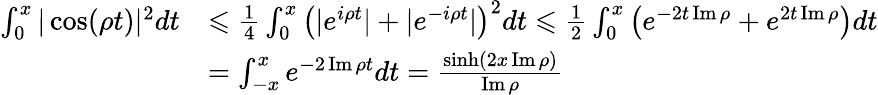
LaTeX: \begin{array}{rl}{\int_{0}^{x}|\cos(\rho t)|^{2}dt}&{\leqslant\frac{1}{4}\int_{0}^{x}\left(|e^{i\rho t}|+|e^{-i\rho t}|\right)^{2}dt\leqslant\frac{1}{2}\int_{0}^{x}\left(e^{-2t\operatorname{Im\rho}}+e^{2t\operatorname{Im\rho}}\right)dt}\\ &{=\int_{-x}^{x}e^{-2\operatorname{Im}\rho t}dt=\frac{\sinh(2x\operatorname{Im}\rho)}{\operatorname{Im}\rho}}\end{array}